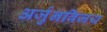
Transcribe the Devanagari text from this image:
अर्जुनविजय